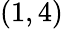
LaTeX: (1,4)